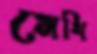
মেথি